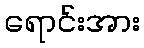
ရောင်းအား